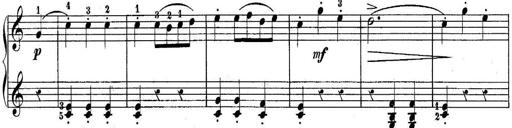
Title: 10 Sonatines progressives
Composer: Anton Schmoll